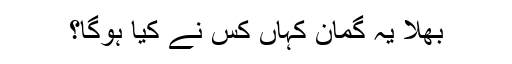
بھلا یہ گمان کہاں کس نے کیا ہوگا؟